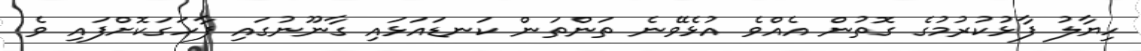
ހިޔާލު ފާޅުކުރުމުގެ ގޮތުން އެއްވެ އުޅެވޭނެ ތަންތަން ކަނޑައަޅައި ގާނޫނުގައި ފާހަގަކޮށްފައި ވެ